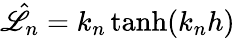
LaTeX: \hat{\mathscr{L}}_{n}=k_{n}\operatorname{tanh}(k_{n}h)